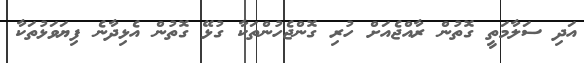
އަދި ސަލާމަތީ ގޮތުން ރާއްޖެއަށް ހުރި ގޮންޖެހުންތަކާ ގުޅޭ ގޮތުން އެޅިދާނެ ފިޔަވަޅުތަކާ